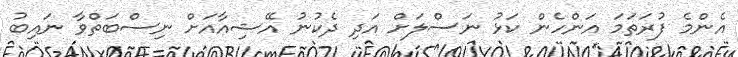
އެންމެ ފުރަތަމަ އަންހެން ކަޅު ނަސްލަށް އަދި ދެކުނު އޭޝިއާއަށް ނިސްބަތްވާ ނައިބު